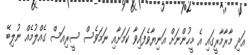
އަދި މާރާމާރީގައި އެ މީހުންނަށް އަނިޔާވެފައިވާ ކަމަށާއި ނަމަވެސް ސީރިއަސް ގެއްލުމެއް ނުލިބޭ